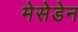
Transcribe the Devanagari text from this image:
मेसेडेन